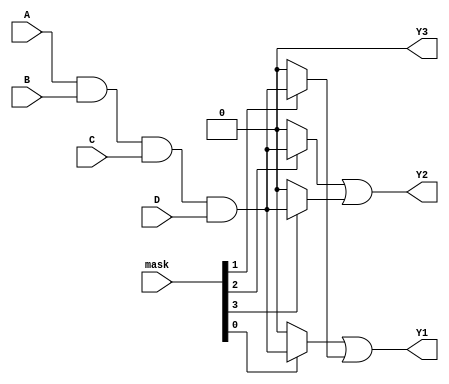
module MaskedPAL (
    input wire A, B, C, D,          // Inputs
    input wire [3:0] mask,          // Masking inputs for AND gates
    output wire Y1, Y2, Y3          // Outputs
);

// Define the number of AND gates and outputs
parameter NUM_AND_GATES = 8;
parameter NUM_OUTPUTS = 3;

// Internal signals for AND gate outputs
wire [NUM_AND_GATES-1:0] and_out;

// AND Array (Programmable)
generate
    genvar i;
    for (i = 0; i < NUM_AND_GATES; i = i + 1) begin : and_array
        assign and_out[i] = (mask[i] == 1'b1) ? (A & B & C & D) : 1'b0; // Example logic
    end
endgenerate

// OR Array (Fixed)
assign Y1 = and_out[0] | and_out[1]; // Example output logic for Y1
assign Y2 = and_out[2] | and_out[3]; // Example output logic for Y2
assign Y3 = and_out[4] | and_out[5] | and_out[6]; // Example output logic for Y3

endmodule